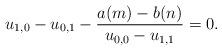
LaTeX: \begin{align*}u_{1,0}-u_{0,1}-\frac{a(m)-b(n)}{u_{0,0}-u_{1,1}}=0.\end{align*}